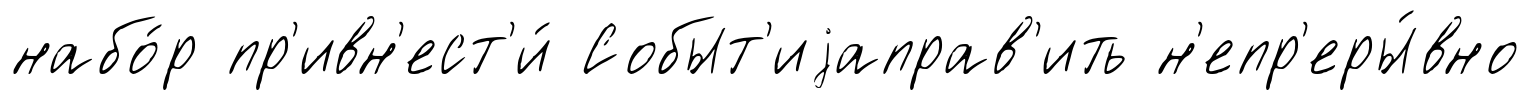
набо́р пр'ивн'ест'и́ Событ'иjаправ'ить н'епр'еры́вно